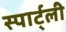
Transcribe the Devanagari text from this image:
स्पार्ट्ली